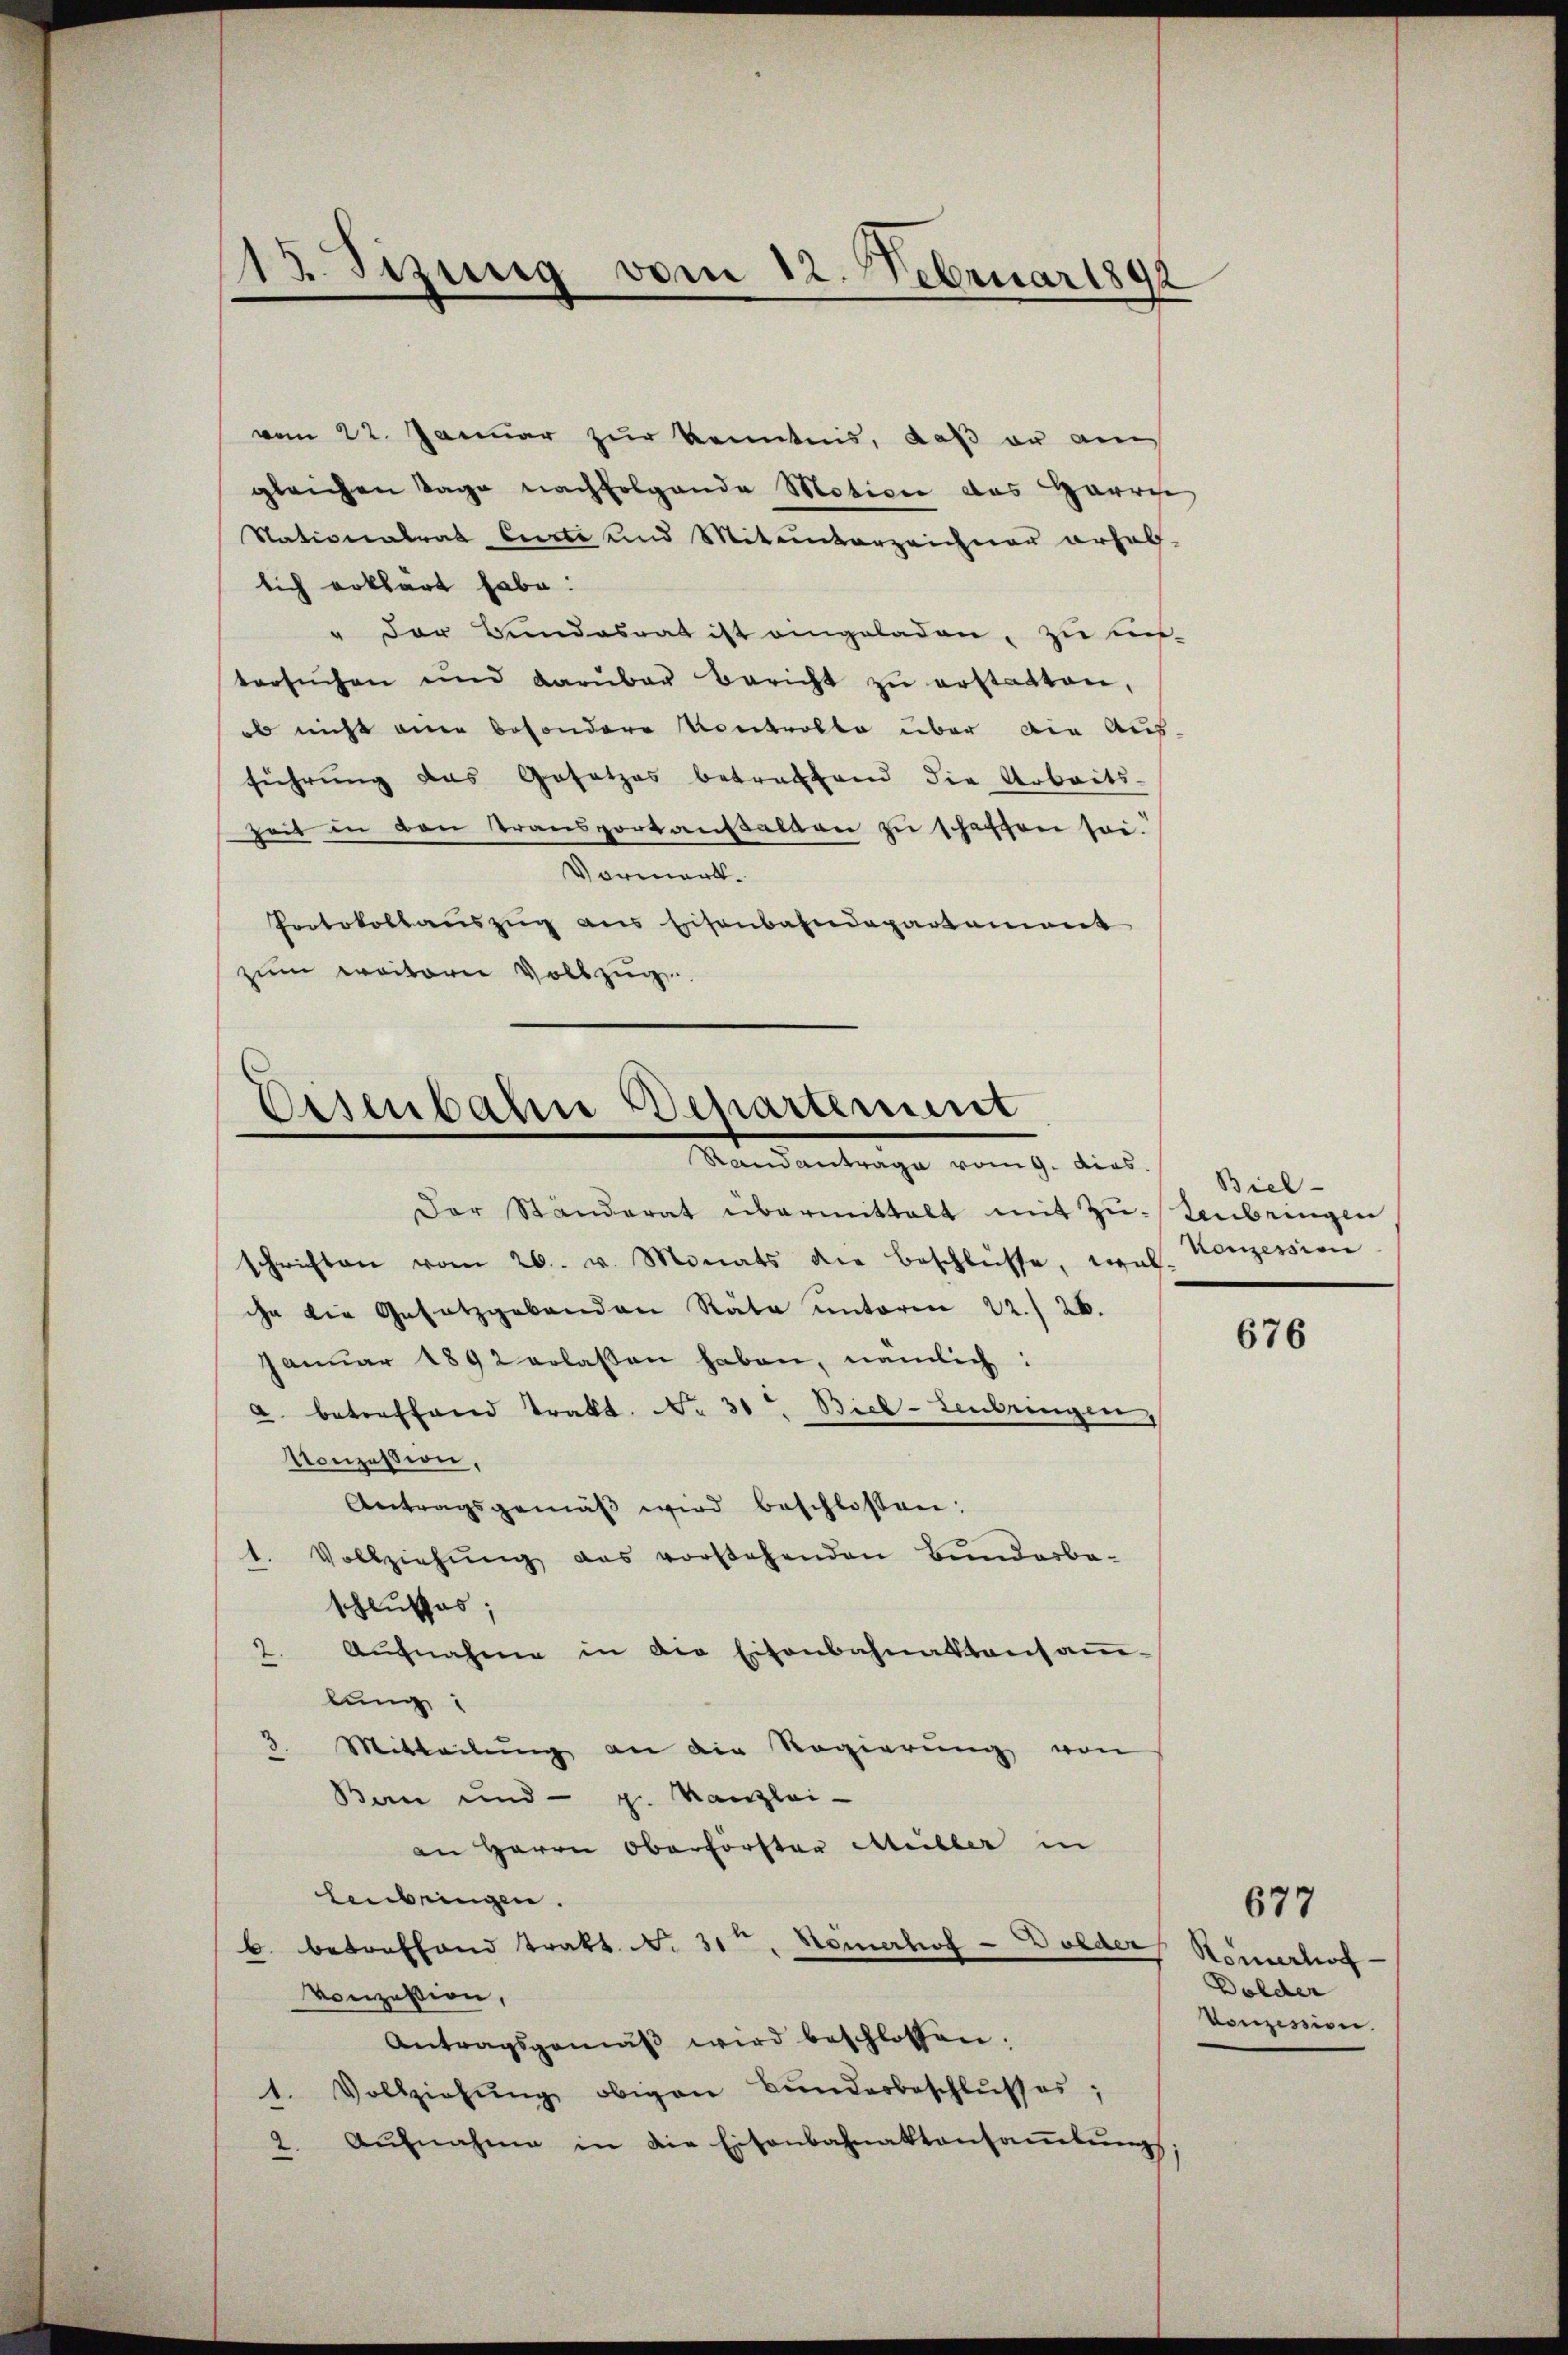
15. Sizung vom 12. Februar 1891
.
¬

vom 22. Januar zur Kenntnis, daß er am
gleichen Tage nachfolgende Motion des Harrie
Nationalrat Curti und Miteinverzeichner erhal-
lich erklärt habe:
" der Bundesrat ist eingeladen, zu un-
tersŭchen und darüber bericht zŭ erstatten,
ob nicht eine besondere Kontrolle über die Aus-
führung das Gesetzes betreffend die Arbeits-
Zeit in den Transportansalten zu schaffen sei.
Vormerk.
Protokollauszug aus Eisenbahndepartament
zum weiterer Vollzug.

Eisenbahn Departement
Mandantrage vom h. dies

Der Ständerat übermittelt mit Zŭ-Rubringen
schriften vom 26. v. Monats die beschlüsse, wel- Konzession
ihn die Gesetzgebenden Räte unterm 22./26.
Janŭar 1892 erlassen haben, nämlich:
a. betreffend Trakt. Nr. 31t Biel-Lenbringen
Konzession,
Antragsgemäβ wird beschlossen:
Vollziehŭng das vorstehenden Bunderbaschlusses;
Aŭfnahme in die Eisenbahnaktansam-
2.
lung
3. Mitteilŭng an die Regierŭng von
Ban und - g. Kanzlei-
an Herrn Oberförster Müller in
lenbringen.
6. betreffend tratt. N. 31. Homerhof - Dolder
Vonzession,
Antragsgemäβ wird beschlossen.
1. Vollziehŭng obigen Bŭnderbeschlŭsses;
2. Aŭfnahme in die Eisenbahnaktansaṁlŭngs

Biel-

676

677
Römerhoff
Dolder
Vonzession.